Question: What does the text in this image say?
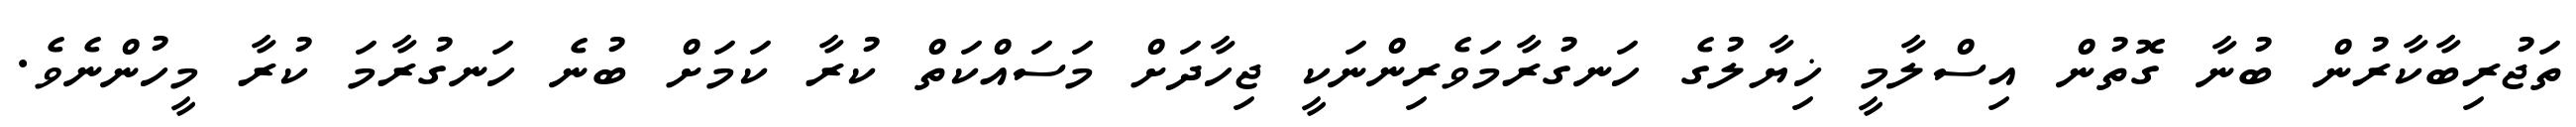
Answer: ތަޖުރިބާކާރުން ބުނާ ގޮތުން އިސްލާމީ ޚިޔާލުގެ ހަނގުރާމަވެރިންނަކީ ޖިހާދަށް މަސައްކަތް ކުރާ ކަމަށް ބުނެ ހަނގުރާމަ ކުރާ މީހުންނެވެ.